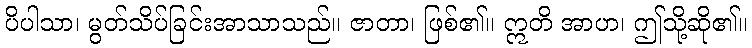
ပိပါသာ၊ မွတ်သိပ်ခြင်းအာသာသည်။ ဇာတာ၊ ဖြစ်၏။ ဣတိ အာဟ၊ ဤသို့ဆို၏။